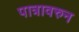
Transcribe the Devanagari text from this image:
पात्रावरुन